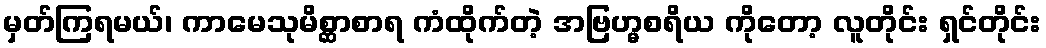
မှတ်ကြရမယ်၊ ကာမေသုမိစ္ဆာစာရ ကံထိုက်တဲ့ အဗြဟ္မစရိယ ကိုတော့ လူတိုင်း ရှင်တိုင်း